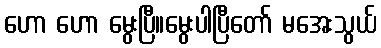
ဟော ဟော မွေးပြီ။မွေးပါပြီတော် မအေးသွယ်